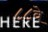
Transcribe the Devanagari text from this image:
८८वे